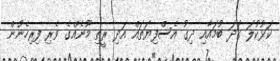
ކަޅުކުލަ ގަދަ ބުމައާއި ދިގު އެސްފިޔަތައް އަދި ރީތި މޫނެއްގެ ވެރި ފިރިހެނުން